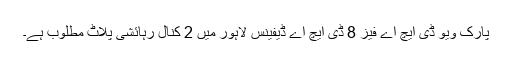
پارک ویو ڈی ایچ اے فیز 8 ڈی ایچ اے ڈیفینس لاہور میں 2 کنال رہائشی پلاٹ مطلوب ہے۔